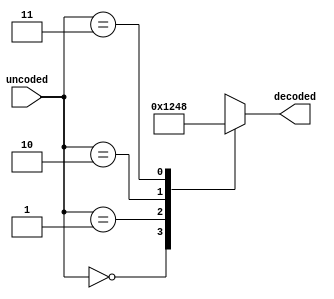
`timescale 1ps/1ps

module Two_Four_Decoder (
    input [1:0] uncoded,
    output reg [3:0] decoded
);
always @(*) begin
    case (uncoded)
        2'b00:  decoded = 4'b0001;
        2'b01:  decoded = 4'b0010;
        2'b10:  decoded = 4'b0100;
        2'b11:  decoded = 4'b1000;  
        default:  decoded = 4'b0000;  
    endcase
end
    
endmodule